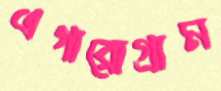
এগারোগ্রাম